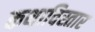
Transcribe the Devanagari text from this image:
कथाविस्तार